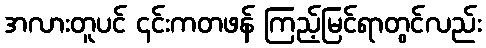
အလားတူပင် ၎င်းကတဖန် ကြည့်မြင်ရာတွင်လည်း